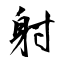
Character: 射